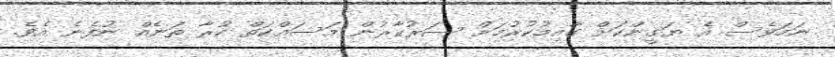
ނަމަވެސް އެ ޔަގީންކަށް ގާއިމުކުރުމަށް ސަރުކާރުން މަސައްކަތް ކުރާ ތަނެއް ނުފެނެ އެވެ.